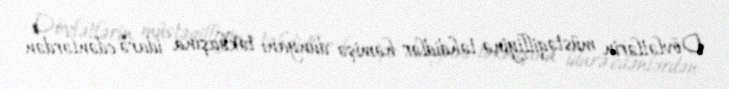
Dövlətlərin müstəqilliyinə təhdidlər həmişə dünyanı təkbaşına idarə edənlərdən